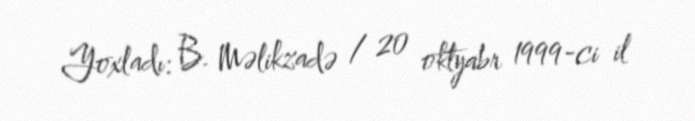
Yoxladı: B. Məlikzadə / 20 oktyabr 1999-ci il